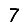
Digit: 7